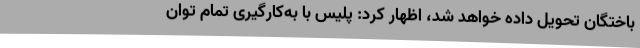
باختگان تحویل داده خواهد شد، اظهار کرد: پلیس با به‌کارگیری تمام توان